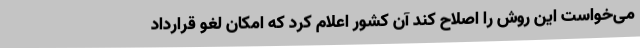
می‌خواست این روش را اصلاح کند آن کشور اعلام کرد که امکان لغو قرارداد